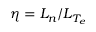
\eta = L _ { n } / L _ { T _ { e } }